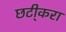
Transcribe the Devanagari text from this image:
छटी्करा